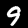
Digit: 9